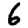
Digit: 6